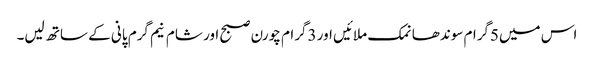
اس میں5گرام سوندھا نمک ملائیں اور 3گرام چورن صبح اور شام نیم گرم پانی کے ساتھ لیں۔